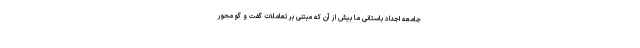
جامعه اجداد باستانی ما بیش از آن که مبتنی بر تعاملات گفت و گو محور